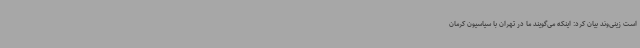
است زینی‌وند بیان کرد: اینکه می‌گویند ما در تهران با سیاسیون کرمان